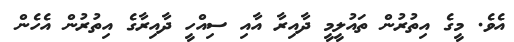
އެވެ. މީގެ އިތުރުން ތައުލީމީ ދާއިރާ އާއި ސިއްހީ ދާއިރާގެ އިތުރުން އެހެން